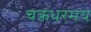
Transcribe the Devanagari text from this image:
चक्रधरमय